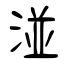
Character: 湴